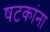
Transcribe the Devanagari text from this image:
षटकांना